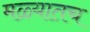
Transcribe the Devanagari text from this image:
मळ्यातच